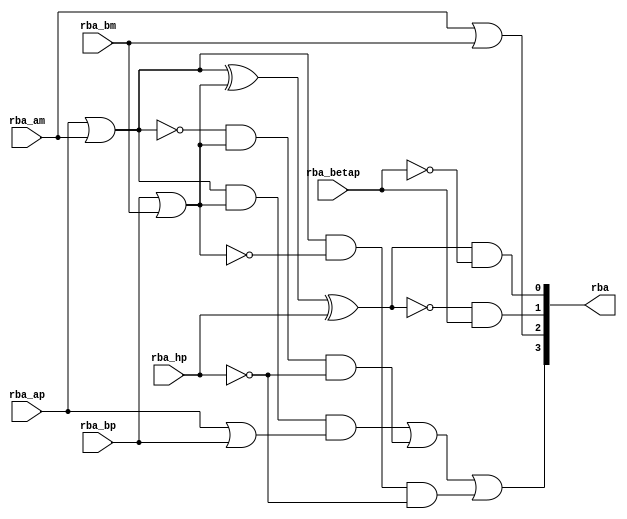
//
// Generated by Bluespec Compiler, version 2014.07.A (build 34078, 2014-07-30)
//
// On Tue Sep 29 16:31:47 IST 2015
//
//
// Ports:
// Name                         I/O  size props
// rba                            O     4
// rba_ap                         I     1
// rba_am                         I     1
// rba_bp                         I     1
// rba_bm                         I     1
// rba_betap                      I     1
// rba_hp                         I     1
//
// Combinational paths from inputs to outputs:
//   (rba_ap, rba_am, rba_bp, rba_bm, rba_betap, rba_hp) -> rba
//
//

`ifdef BSV_ASSIGNMENT_DELAY
`else
  `define BSV_ASSIGNMENT_DELAY
`endif

`ifdef BSV_POSITIVE_RESET
  `define BSV_RESET_VALUE 1'b1
  `define BSV_RESET_EDGE posedge
`else
  `define BSV_RESET_VALUE 1'b0
  `define BSV_RESET_EDGE negedge
`endif

module module_rba(rba_ap,
		  rba_am,
		  rba_bp,
		  rba_bm,
		  rba_betap,
		  rba_hp,
		  rba);
  // value method rba
  input  rba_ap;
  input  rba_am;
  input  rba_bp;
  input  rba_bm;
  input  rba_betap;
  input  rba_hp;
  output [3 : 0] rba;

  // signals for module outputs
  wire [3 : 0] rba;

  // remaining internal signals
  wire alpha__h42,
       beta__h41,
       dm__h43,
       dp__h44,
       h__h39,
       k__h38,
       x__h36,
       x__h57,
       x__h59,
       x__h61,
       x__h64,
       x__h66,
       x__h67,
       x__h81,
       x__h93,
       y__h105,
       y__h37,
       y__h58,
       y__h60,
       y__h68,
       y__h69;

  // value method rba
  assign rba = { beta__h41, h__h39, dp__h44, dm__h43 } ;

  // remaining internal signals
  assign alpha__h42 = x__h93 ^ rba_hp ;
  assign beta__h41 = x__h57 | y__h58 ;
  assign dm__h43 = alpha__h42 & y__h105 ;
  assign dp__h44 = x__h81 & rba_betap ;
  assign h__h39 = rba_am | rba_bm ;
  assign k__h38 = rba_ap | rba_bp ;
  assign x__h36 = rba_ap | rba_am ;
  assign x__h57 = x__h59 | y__h60 ;
  assign x__h59 = x__h61 & k__h38 ;
  assign x__h61 = x__h36 & y__h37 ;
  assign x__h64 = x__h66 & y__h37 ;
  assign x__h66 = ~x__h36 ;
  assign x__h67 = x__h36 & y__h69 ;
  assign x__h81 = ~alpha__h42 ;
  assign x__h93 = x__h36 ^ y__h37 ;
  assign y__h105 = ~rba_betap ;
  assign y__h37 = rba_bp | rba_bm ;
  assign y__h58 = x__h67 & y__h68 ;
  assign y__h60 = x__h64 & y__h68 ;
  assign y__h68 = ~rba_hp ;
  assign y__h69 = ~y__h37 ;
endmodule  // module_rba